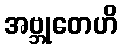
အဗ္ဘုတေဟိ